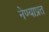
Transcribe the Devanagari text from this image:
नेण्याप्रत